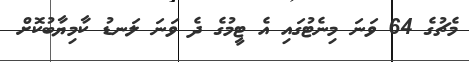
މެޗުގެ 64 ވަނަ މިނެޓުގައި އެ ޓީމުގެ ދެ ވަނަ ލަނޑު ކާމިޔާބުކޮށް